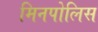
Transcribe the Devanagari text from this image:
मिनपोलिस